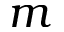
m